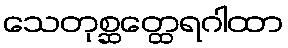
သေတုစ္ဆတ္ထေရဂါထာ